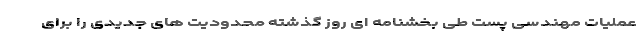
عملیات مهندسی پست طی بخشنامه ای روز گذشته محدودیت های جدیدی را برای